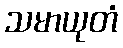
သမာယုတံ